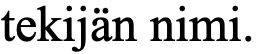
tekijän nimi.